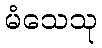
မံသေသု